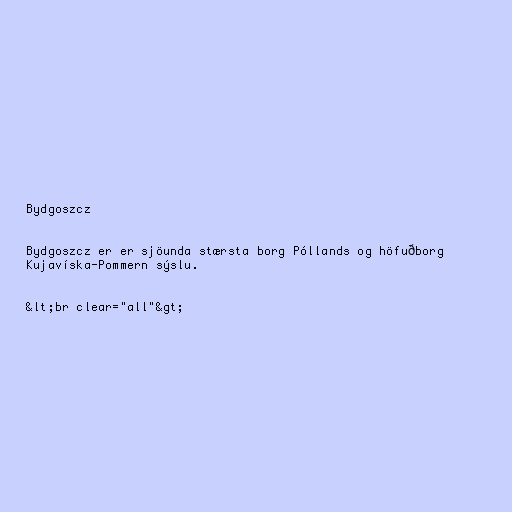
Bydgoszcz

Bydgoszcz er er sjöunda stærsta borg Póllands og höfuðborg
Kujavíska-Pommern sýslu.

&lt;br clear="all"&gt;